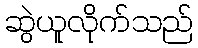
ဆွဲယူလိုက်သည်